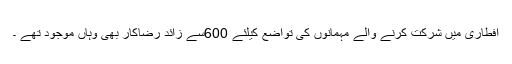
افطاری میں شرکت کرنے والے مہمانوں کی تواضع کیلئے 600سے زائد رضاکار بھی وہاں موجود تھے ۔